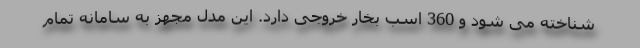
شناخته می شود و 360 اسب بخار خروجی دارد. این مدل مجهز به سامانه تمام